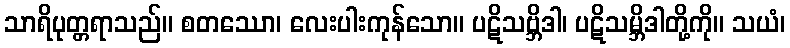
သာရိပုတ္တရာသည်။ စတဿော၊ လေးပါးကုန်သော။ ပဋိသဗ္ဘိဒါ၊ ပဋိသမ္ဘိဒါတို့ကို။ သယံ၊